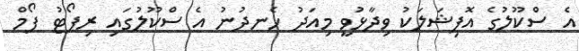
އެ ސްކޫލުގެ އޮފިޝަަލަކު ވިދާޅުވީ މިއަދު ހެނދުނު އެ ސްކޫލުގައި ރިޕޯޓު ފޯމް